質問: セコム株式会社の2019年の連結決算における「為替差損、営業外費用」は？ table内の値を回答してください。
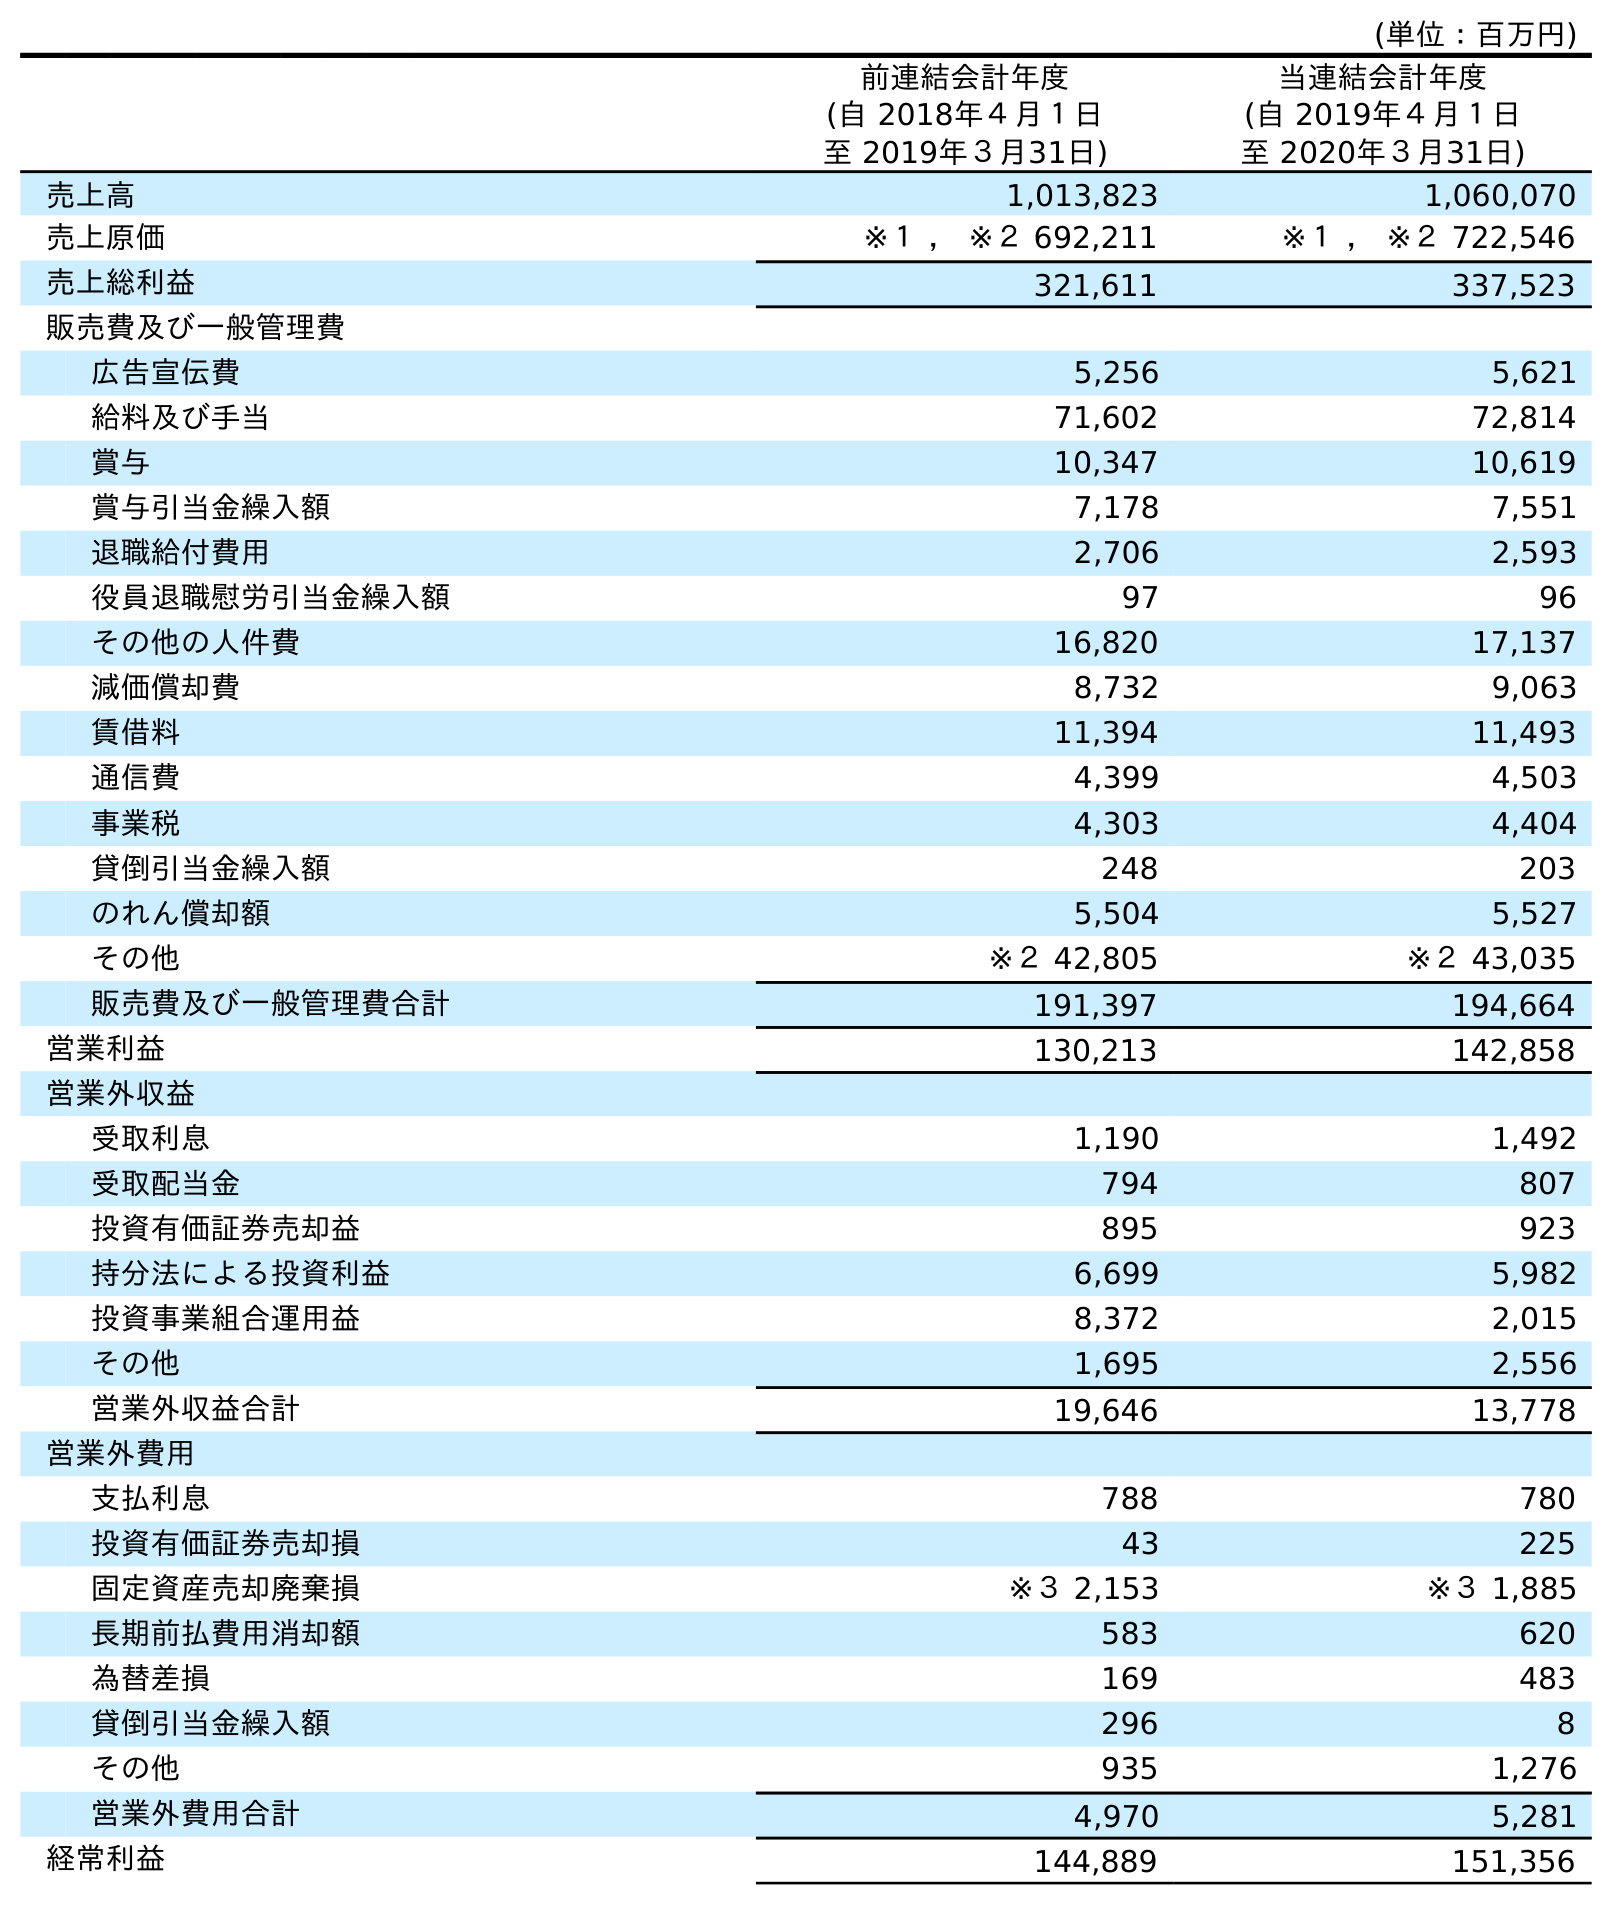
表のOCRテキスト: (単位：百万円) 前連結会計年度 (自 2018年４月１日 至 2019年３月31日) 当連結会計年度 (自 2019年４月１日 至 2020年３月31日) 売上高 1,013,823 1,060,070 売上原価 ※１ ， ※２ 692,211 ※１ ， ※２ 722,546 売上総利益 321,611 337,523 販売費及び一般管理費 広告宣伝費 5,256 5,621 給料及び手当 71,602 72,814 賞与 10,347 10,619 賞与引当金繰入額 7,178 7,551 退職給付費用 2,706 2,593 役員退職慰労引当金繰入額 97 96 その他の人件費 16,820 17,137 減価償却費 8,732 9,063 賃借料 11,394 11,493 通信費 4,399 4,503 事業税 4,303 4,404 貸倒引当金繰入額 248 203 のれん償却額 5,504 5,527 その他 ※２ 42,805 ※２ 43,035 販売費及び一般管理費合計 191,397 194,664 営業利益 130,213 142,858 営業外収益 受取利息 1,190 1,492 受取配当金 794 807 投資有価証券売却益 895 923 持分法による投資利益 6,699 5,982 投資事業組合運用益 8,372 2,015 その他 1,695 2,556 営業外収益合計 19,646 13,778 営業外費用 支払利息 788 780 投資有価証券売却損 43 225 固定資産売却廃棄損 ※３ 2,153 ※３ 1,885 長期前払費用消却額 583 620 為替差損 169 483 貸倒引当金繰入額 296 8 その他 935 1,276 営業外費用合計 4,970 5,281 経常利益 144,889 151,356
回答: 169